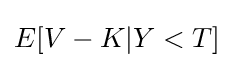
E[V-K|Y<T]